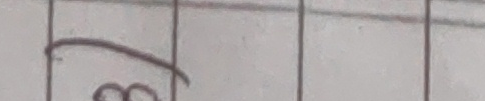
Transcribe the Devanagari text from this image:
८